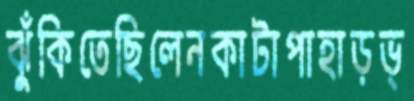
ঝুঁকিতেছিলেনকাটাপাহাড়ভ্